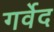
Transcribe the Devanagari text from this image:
गर्वेद